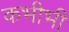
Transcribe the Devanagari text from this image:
कभीभी